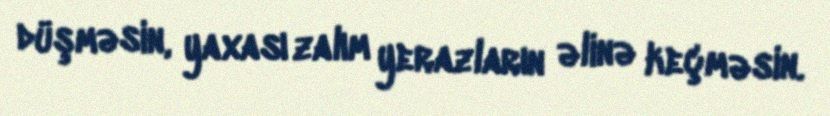
düşməsin, yaxası zalım yerazların əlinə keçməsin.